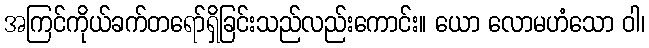
အကြင်ကိုယ်ခက်တရော်ရှိခြင်းသည်လည်းကောင်း။ ယော လောမဟံသော ဝါ၊